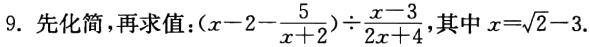
9. 先化简，再求值：$(x - 2 - \frac{5}{x + 2}) \div \frac{x - 3}{2x + 4}$，其中$x = \sqrt{2} - 3$.